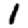
Digit: 1